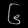
Digit: ၆